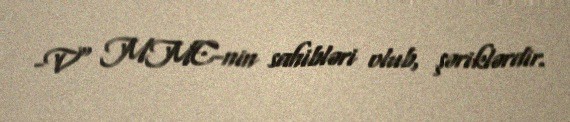
-V" MMC-nin sahibləri olub, şəriklərdir.